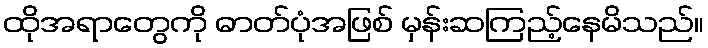
ထိုအရာတွေကို ဓာတ်ပုံအဖြစ် မှန်းဆကြည့်နေမိသည်။